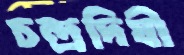
চন্দ্রদিঘী